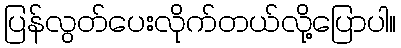
ပြန်လွတ်ပေးလိုက်တယ်လို့ပြောပါ။